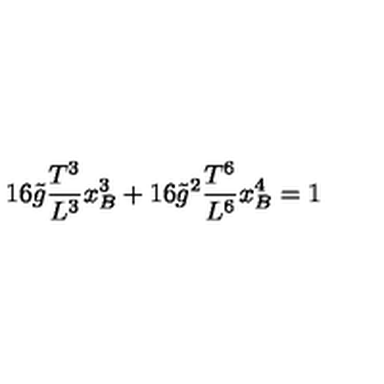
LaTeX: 1 6 \tilde { g } \frac { T ^ { 3 } } { L ^ { 3 } } x _ { B } ^ { 3 } + 1 6 \tilde { g } ^ { 2 } \frac { T ^ { 6 } } { L ^ { 6 } } x _ { B } ^ { 4 } = 1